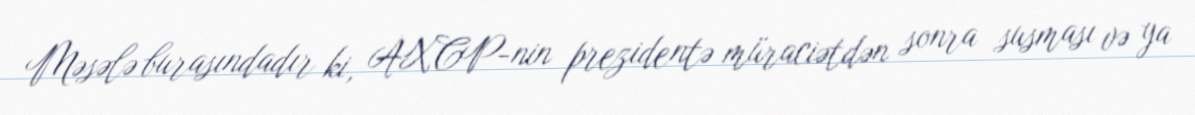
Məsələ burasındadır ki, AXCP-nin prezidentə müraciətdən sonra susması və ya